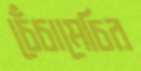
চেঁচামেচির